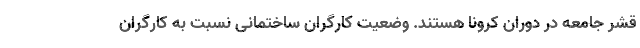
قشر جامعه در دوران کرونا هستند. وضعیت کارگران ساختمانی نسبت به کارگران